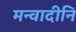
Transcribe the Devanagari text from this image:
मन्वादीनि